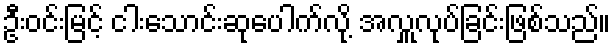
ဦးဝင်းမြင့် ငါးသောင်းဆုပေါက်လို့ အလှူလုပ်ခြင်းဖြစ်သည်။